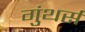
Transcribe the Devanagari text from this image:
गुंथर्स